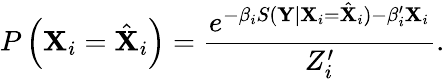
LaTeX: P\left({\mathbf{X}}_{i}=\hat{{\mathbf{X}}}_{i}\right)=\frac{{e^{-\beta_{i}S(\mathbf{{Y}}|{\mathbf{X}}_{i}=\hat{{\mathbf{X}}}_{i})-\beta_{i}^{\prime}\mathbf{X}_{i}}}}{{Z_{i}^{\prime}}}.